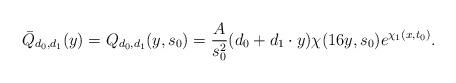
LaTeX: \begin{align*}\bar Q_{d_0,d_1}(y) = Q_{d_0,d_1}(y,s_0) = \frac{A}{s_0^2}(d_0 + d_1\cdot y)\chi(16y, s_0)e^{\chi_1(x, t_0)}.\end{align*}